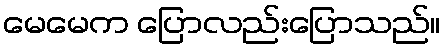
မေမေက ပြောလည်းပြောသည်။